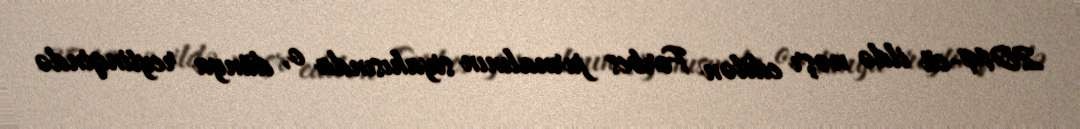
2014-cü ildə nəşr edilən Forbes jurnalının siyahısında o, dünya reytinqində